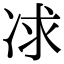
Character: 𠗈